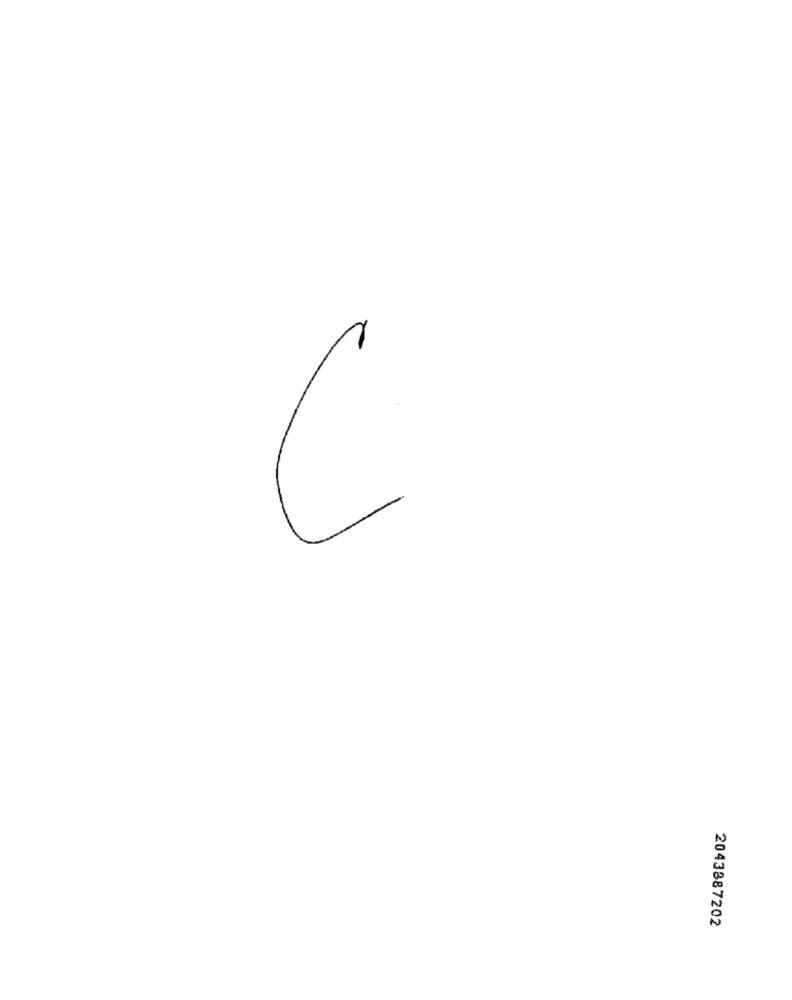
2043887202